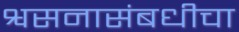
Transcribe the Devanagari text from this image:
श्वसनासंबधीचा